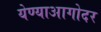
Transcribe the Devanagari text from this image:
येण्याआगोदर